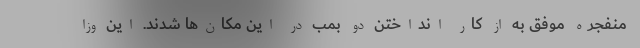
منفجره موفق به از کار انداختن دو بمب در این مکان‌ها شدند. این وزا